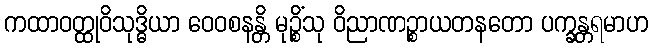
ကထာဝတ္ထုဝိသုဒ္ဓိယာ ဝေဝစနန္တိ မုဉ္စိံသု ဝိညာဏဉ္စာယတနတော ပက္ခန္တရမာဟ